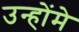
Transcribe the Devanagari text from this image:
उन्होंमे